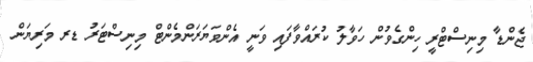
ޖެންޑާ މިނިސްޓްރީ ހިންގެވުން ހަވާލު ކުރައްވާފައި ވަނީ އެންވަޔަރަންމެންޓް މިނިސްޓަރު ޑރ މަރިޔަން